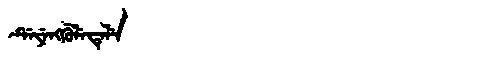
Manchu: ᡩᡝᠶᡝᠩᡤᡠᠯᡝᡨᡝᠯᡝ
Romanization: DEYENGGULETELE